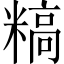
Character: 𬖰